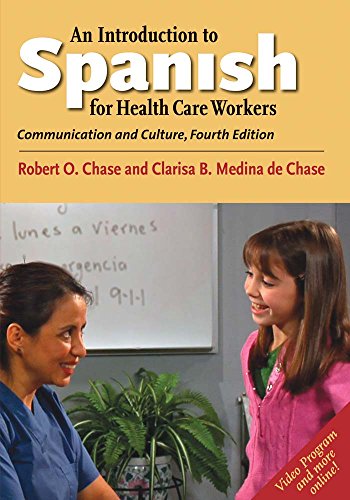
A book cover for An Introduction to Spanish for Health Care Workers: Communication and Culture, Fourth Edition (English and Spanish Edition); Robert O. Chase; Medical Books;